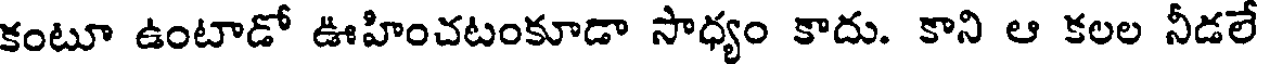
కంటూ ఉంటాడో ఊహించటంకూడా సాధ్యం కాదు. కాని ఆ కలల నీడలే